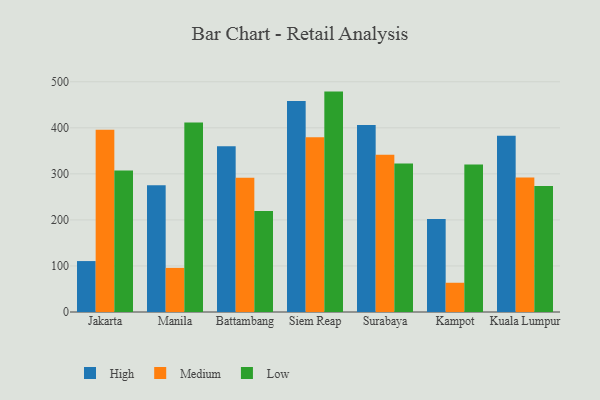
{"axis": {"x": "City", "y": "Operating Costs (USD K)"}, "legend": ["High", "Low", "Medium"], "data": [{"x": "Jakarta", "y": 110.6, "type": "High"}, {"x": "Jakarta", "y": 395.7, "type": "Medium"}, {"x": "Jakarta", "y": 307.0, "type": "Low"}, {"x": "Manila", "y": 275.0, "type": "High"}, {"x": "Manila", "y": 95.8, "type": "Medium"}, {"x": "Manila", "y": 411.4, "type": "Low"}, {"x": "Battambang", "y": 359.8, "type": "High"}, {"x": "Battambang", "y": 291.6, "type": "Medium"}, {"x": "Battambang", "y": 219.3, "type": "Low"}, {"x": "Siem Reap", "y": 458.3, "type": "High"}, {"x": "Siem Reap", "y": 379.3, "type": "Medium"}, {"x": "Siem Reap", "y": 478.6, "type": "Low"}, {"x": "Surabaya", "y": 405.9, "type": "High"}, {"x": "Surabaya", "y": 341.2, "type": "Medium"}, {"x": "Surabaya", "y": 322.2, "type": "Low"}, {"x": "Kampot", "y": 201.7, "type": "High"}, {"x": "Kampot", "y": 63.5, "type": "Medium"}, {"x": "Kampot", "y": 320.1, "type": "Low"}, {"x": "Kuala Lumpur", "y": 382.8, "type": "High"}, {"x": "Kuala Lumpur", "y": 292.0, "type": "Medium"}, {"x": "Kuala Lumpur", "y": 273.6, "type": "Low"}]}